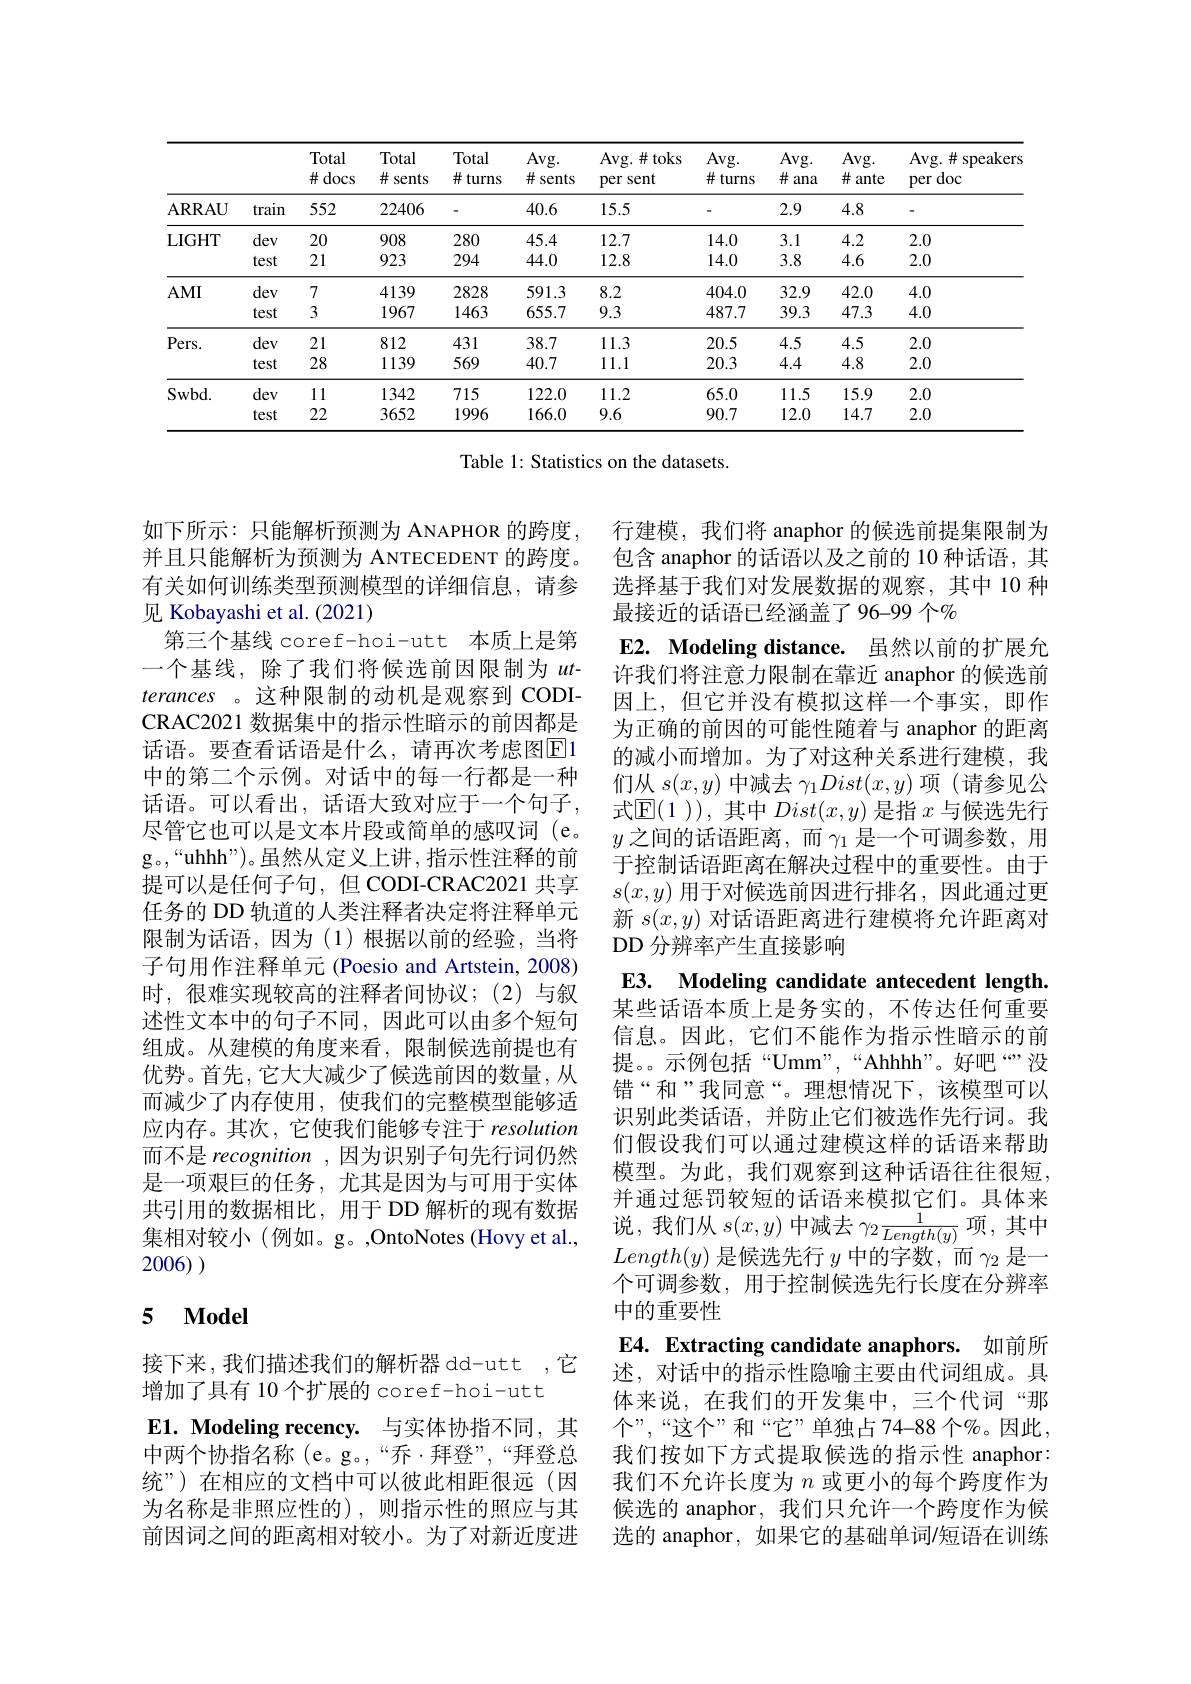
<table>
	<tbody>
		<tr>
			<th> </th>
			<th> </th>
			<th>Total $\#$docs</th>
			<th>Total 井：sents</th>
			<th>Total $\#$turns</th>
			<th>Avg. $\#$ sents 1</th>
			<th>Avg. $\#$toks per sent</th>
			<th>Avg. $\#$turns</th>
			<th>Avg. $\#\varepsilon$ ana</th>
			<th>Avg. $\#\varepsilon$ ante</th>
			<th>Avg. $\#$ speakers per doc</th>
		</tr>
		<tr>
			<td>ARRAU</td>
			<td>train</td>
			<td>552</td>
			<td>22406</td>
			<td> </td>
			<td>40.6</td>
			<td>15.5</td>
			<td> </td>
			<td>2.9</td>
			<td>4.8</td>
			<td> </td>
		</tr>
		<tr>
			<td rowspan="2">LIGHT</td>
			<td>dev</td>
			<td>20</td>
			<td>908</td>
			<td>280</td>
			<td>45.4</td>
			<td>12.7</td>
			<td>14.0</td>
			<td>3.1</td>
			<td>4.2</td>
			<td>2.0</td>
		</tr>
		<tr>
			<td>test</td>
			<td>21</td>
			<td>923</td>
			<td>294</td>
			<td>44.0</td>
			<td>12.8</td>
			<td>14.0</td>
			<td>3.8</td>
			<td>4.6</td>
			<td>2.0</td>
		</tr>
		<tr>
			<td rowspan="2">$AMI$</td>
			<td>dev</td>
			<td>7</td>
			<td>4139</td>
			<td>2828</td>
			<td>591.3</td>
			<td>8.2</td>
			<td>404.0</td>
			<td>32.9</td>
			<td>42.0</td>
			<td>4.0</td>
		</tr>
		<tr>
			<td>test</td>
			<td>3</td>
			<td>1967</td>
			<td>1463</td>
			<td>655.7</td>
			<td>9.3</td>
			<td>487.7</td>
			<td>39.3</td>
			<td>47.3</td>
			<td>4.0</td>
		</tr>
		<tr>
			<td rowspan="2">$Pers.$</td>
			<td>dev</td>
			<td>21</td>
			<td>812</td>
			<td>431</td>
			<td>38.7</td>
			<td>11.3</td>
			<td>20.5</td>
			<td>4.5</td>
			<td>4.5</td>
			<td>2.0</td>
		</tr>
		<tr>
			<td>test</td>
			<td>28</td>
			<td>1139</td>
			<td>569</td>
			<td>40.7</td>
			<td>11.1</td>
			<td>20.3</td>
			<td>4.4</td>
			<td>4.8</td>
			<td>2.0</td>
		</tr>
		<tr>
			<td rowspan="2">$Swbd.$</td>
			<td>dev</td>
			<td>11</td>
			<td>1342</td>
			<td>715</td>
			<td>122.0</td>
			<td>11.2</td>
			<td>65.0</td>
			<td>11.5</td>
			<td>15.9</td>
			<td>2.0</td>
		</tr>
		<tr>
			<td>test</td>
			<td>22</td>
			<td>3652</td>
			<td>1996</td>
			<td>166.0</td>
			<td>9.6</td>
			<td>90.7</td>
			<td>12.0</td>
			<td>14.7</td>
			<td>2.0</td>
		</tr>
	</tbody>
</table>

Table 1: Statistics on the datasets.

行建模，我们将 anaphor 的候选前提集限制为包含 anaphor 的话语以及之前的 10 种话语，其选择基于我们对发展数据的观察，其中 10 种最接近的话语已经涵盖了96-99个%

E2. Modeling distance. 虽然以前的扩展允许我们将注意力限制在靠近 anaphor 的候选前

因上，但它并没有模拟这样一个事实，即作为正确的前因的可能性随着与 anaphor 的距离的减小而增加。为了对这种关系进行建模，我们从$s(x,y)$中减去$\gamma_1Dist(x,y)$项 (请参见公式$\operatorname{E}(1$ )),其中$Dist(x,y)$是指$x$与候选先行$y$之间的话语距离，而$\gamma_1$ 是一个可调参数，用于控制话语距离在解决过程中的重要性。由于$s(x,y)$用于对候选前因进行排名，因此通过更新$s(x,y)$对话语距离进行建模将允许距离对DD 分辨率产生直接影响

如下所示：只能解析预测为 ANAPHOR 的跨度， 并且只能解析为预测为 ANTECEDENT 的跨度。有关如何训练类型预测模型的详细信息，请参见 Kobayashi et al. (2021)
第三个基线 coref-hoi-utt 本质上是第一个基线，除了我们将候选前因限制为$ut$- terances 。这种限制的动机是观察到 CODICRAC2021 数据集中的指示性暗示的前因都是话语。要查看话语是什么，请再次考虑图E1中的第二个示例。对话中的每一行都是一种话语。可以看出，话语大致对应于一个句子， 尽管它也可以是文本片段或简单的感叹词(e。g。,“uhhh”)。虽然从定义上讲，指示性注释的前提可以是任何子句，但 CODI-CRAC2021 共享任务的 DD 轨道的人类注释者决定将注释单元限制为话语，因为(1)根据以前的经验，当将子句用作注释单元 (Poesio and Artstein, 2008) 时，很难实现较高的注释者间协议；(2)与叙述性文本中的句子不同，因此可以由多个短句组成。从建模的角度来看，限制候选前提也有优势。首先，它大大减少了候选前因的数量，从而减少了内存使用，使我们的完整模型能够适应内存。其次，它使我们能够专注于 resolution 而不是 recognition ,因为识别子句先行词仍然是一项艰巨的任务，尤其是因为与可用于实体共引用的数据相比，用于 DD 解析的现有数据集相对较小(例如。g。,OntoNotes(Hovy et al., 2006)

E3. Modeling candidate antecedent length. 某些话语本质上是务实的，不传达任何重要信息。因此，它们不能作为指示性暗示的前提。示例包括“Umm”,“Ahhh”。好吧“”没错“和”我同意“。理想情况下，该模型可以识别此类话语，并防止它们被选作先行词。我们假设我们可以通过建模这样的话语来帮助模型。为此，我们观察到这种话语往往很短， 并通过惩罚较短的话语来模拟它们。具体来说，我们从$s(x,y)$中减去$\gamma_2\frac1{Length(y)}$项，其中$Length(y)$是候选先行$y$中的字数，而$\gamma_2$是一个可调参数，用于控制候选先行长度在分辨率中的重要性
E4. Extracting candidate anaphors. 如前所述，对话中的指示性隐喻主要由代词组成。具体来说，在我们的开发集中，三个代词“那个”,“这个”和“它”单独占74-88个%。因此， 我们按如下方式提取候选的指示性 anaphor: 我们不允许长度为$n$或更小的每个跨度作为候选的 anaphor, 我们只允许一个跨度作为候选的 anaphor, 如果它的基础单词/短语在训练

## 5 $\mathbf{Model}$

接下来，我们描述我们的解析器 dd-utt ,它
增加了具有 10 个扩展的 coref-hoi-utt
E1. Modeling recency. 与实体协指不同，其中两个协指名称(e。g。,“乔·拜登”,“拜登总统”)在相应的文档中可以彼此相距很远(因为名称是非照应性的),则指示性的照应与其前因词之间的距离相对较小。为了对新近度进